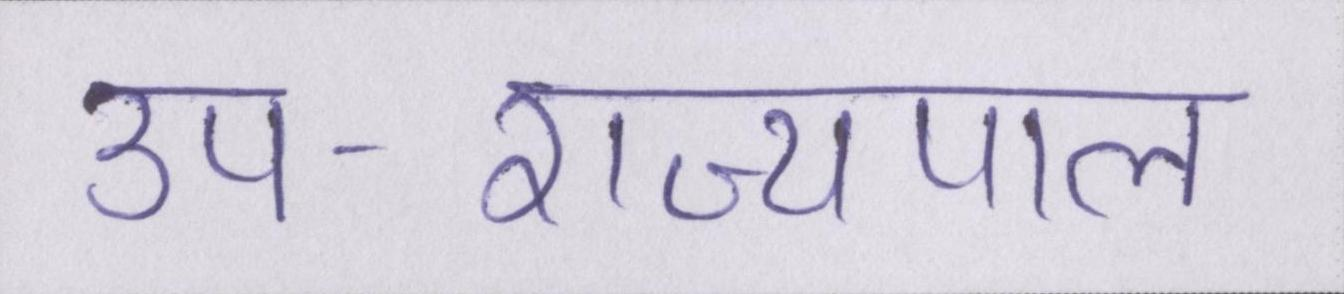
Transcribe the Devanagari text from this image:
उप-राज्यपाल